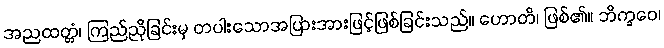
အညထတ္တံ၊ ကြည်ညိုခြင်းမှ တပါးသောအပြားအားဖြင့်ဖြစ်ခြင်းသည်။ ဟောတိ၊ ဖြစ်၏။ ဘိက္ခဝေ၊